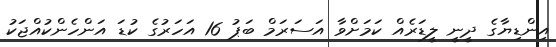
އިންޑިޔާގެ ދީނީ ލީޑަރެއް ކަމަށްވާ އަސަރަމް ބަޕު 16 އަހަރުގެ ކުޑަ އަންހެންކުއްޖަކު